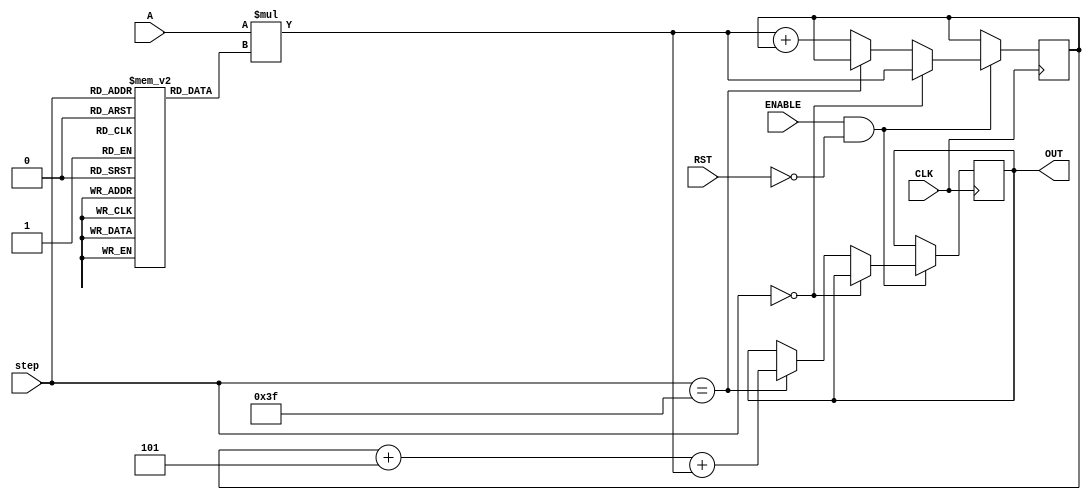
`timescale 1ns / 1ps

module NODE_8(
input signed [35:0] A,
input [5:0] step,
input CLK,
input ENABLE,
input RST,
output reg signed [39:0] OUT //16-bit output
    );
    
reg signed [39:0] accumulator = 40'd0; //store the matrix mult here
reg signed [8:0] weights [63:0]; //store the weights here
reg signed [7:0] bias; //store node bias here

initial begin
   weights[0]<=9'b000110010;
   weights[1]<=9'b111110010;
   weights[2]<=9'b000000111;
   weights[3]<=9'b111101101;
   weights[4]<=9'b000000011;
   weights[5]<=9'b000000010;
   weights[6]<=9'b110100011;
   weights[7]<=9'b000110011;
   weights[8]<=9'b000001011;
   weights[9]<=9'b000011001;
   weights[10]<=9'b111101110;
   weights[11]<=9'b000000110;
   weights[12]<=9'b000111000;
   weights[13]<=9'b000010010;
   weights[14]<=9'b111101100;
   weights[15]<=9'b000011010;
   weights[16]<=9'b111011011;
   weights[17]<=9'b111110111;
   weights[18]<=9'b000110010;
   weights[19]<=9'b001000101;
   weights[20]<=9'b111110010;
   weights[21]<=9'b111111011;
   weights[22]<=9'b111110111;
   weights[23]<=9'b111111111;
   weights[24]<=9'b111010110;
   weights[25]<=9'b000101010;
   weights[26]<=9'b000000110;
   weights[27]<=9'b111011011;
   weights[28]<=9'b111110101;
   weights[29]<=9'b111010101;
   weights[30]<=9'b000111000;
   weights[31]<=9'b111111101;
   weights[32]<=9'b001000010;
   weights[33]<=9'b111000100;
   weights[34]<=9'b000000000;
   weights[35]<=9'b111111101;
   weights[36]<=9'b000000100;
   weights[37]<=9'b111001011;
   weights[38]<=9'b000001110;
   weights[39]<=9'b111110000;
   weights[40]<=9'b111101111;
   weights[41]<=9'b000011111;
   weights[42]<=9'b000010100;
   weights[43]<=9'b111011010;
   weights[44]<=9'b001000111;
   weights[45]<=9'b110110101;
   weights[46]<=9'b000011100;
   weights[47]<=9'b111110111;
   weights[48]<=9'b000001111;
   weights[49]<=9'b001010000;
   weights[50]<=9'b110111011;
   weights[51]<=9'b000011111;
   weights[52]<=9'b000011000;
   weights[53]<=9'b111101101;
   weights[54]<=9'b001000000;
   weights[55]<=9'b000100001;
   weights[56]<=9'b000000110;
   weights[57]<=9'b000000011;
   weights[58]<=9'b111101010;
   weights[59]<=9'b111111110;
   weights[60]<=9'b111100011;
   weights[61]<=9'b000001010;
   weights[62]<=9'b110100110;
   weights[63]<=9'b110101100;
   bias<=8'b11111101;
 end
 
 always @ ( posedge CLK )
 begin
    if( ENABLE == 1 && RST == 0 )
    begin
        if ( step == 0 )
        begin
            accumulator <=  A * weights[step];
        end
        else if( step == 63 )
        begin
            OUT <= accumulator + bias + A * weights[step];
        end else accumulator <=  A * weights[step] + accumulator;
    end
 end

endmodule